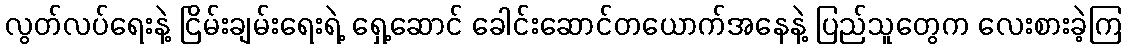
လွတ်လပ်ရေးနဲ့ ငြိမ်းချမ်းရေးရဲ့ ရှေ့ဆောင် ခေါင်းဆောင်တယောက်အနေနဲ့ ပြည်သူတွေက လေးစားခဲ့ကြ